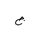
Letter: _gim